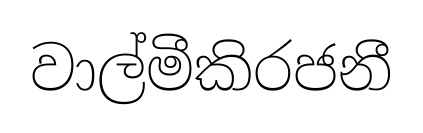
වාල්මීකිරජනී